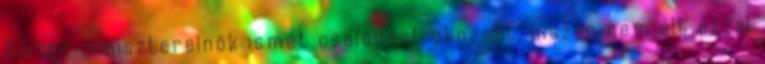
Viktor miniszterelnök ismét csalódást okozott, hiszen nem élt azzal